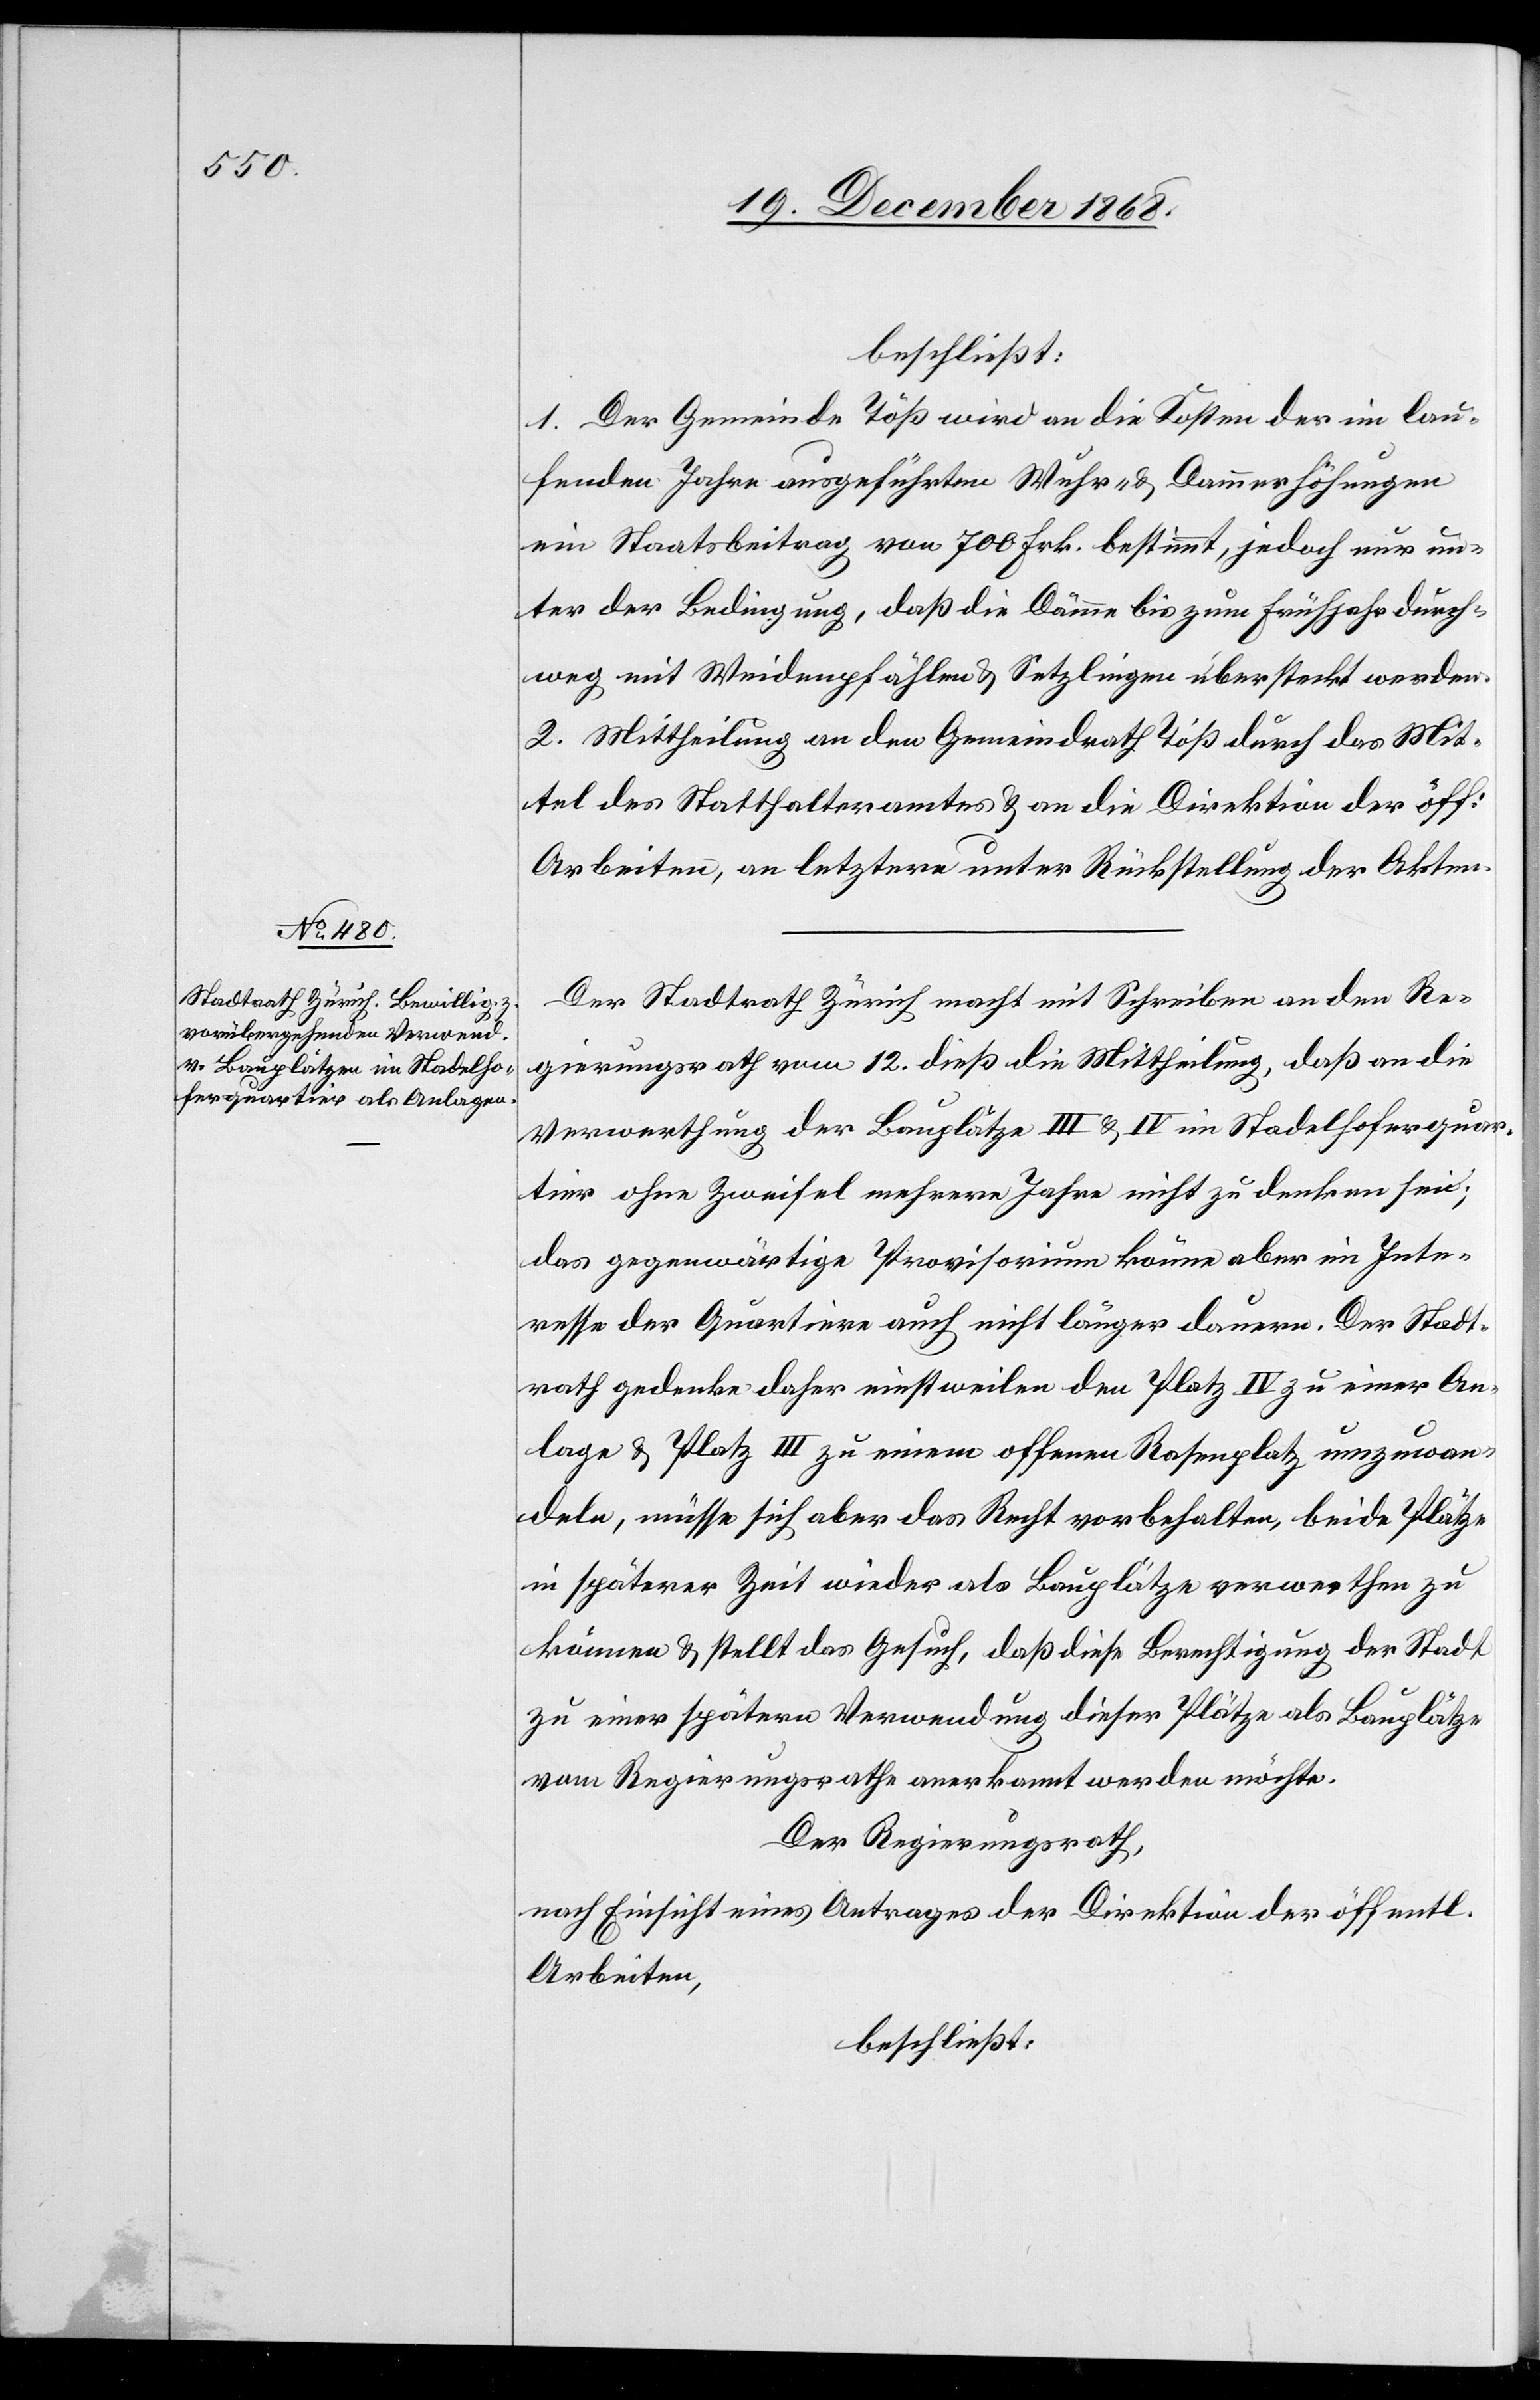
beschließt:
1. Der Gemeinde Töß wird an die Kosten der im lau¬
fenden Jahre ausgeführten Wuhr- & Dammerhöhungen
ein Staatsbeitrag von 700 Frk. bestimmt, jedoch nur un¬
ter der Bedingung, daß die Dämme bis zum Frühjahr durch¬
weg mit Weidenpfählen & Setzlingen übersteckt werden.
2. Mittheilung an den Gemeindrath Töß durch das Mit¬
tel des Statthalteramtes & an die Direktion der öff:
Arbeiten, an letztere unter Rückstellung der Akten.
Der Stadtrath Zürich macht mit Schreiben an den Re¬
gierungsrath vom 12. dieß die Mittheilung, daß an die
Verwerthung der Bauplätze III & IV im Stadelhoferquar¬
tier ohne Zweifel mehrere Jahre nicht zu denken sei;
das gegenwärtige Provisorium könne aber im Inte¬
resse der Quartiere auch nicht länger dauern. Der Stadt¬
rath gedenke daher einstweilen den Platz IV zu einer An¬
lage & Platz III zu einem offenen Rasenplatz umzuwan¬
deln, müsse sich aber das Recht vorbehalten, beide Plätze
in späterer Zeit wieder als Bauplätze verwerthen zu
können & stellt das Gesuch, daß diese Berechtigung der Stadt
zu einer spätern Verwendung dieser Plätze als Bauplätze
vom Regierungsrathe anerkannt werden möchte.
Der Regierungsrath,
nach Einsicht eines Antrages der Direktion der öffentl.
Arbeiten,
beschließt: